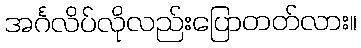
အင်္ဂလိပ်လိုလည်းပြောတတ်လား။